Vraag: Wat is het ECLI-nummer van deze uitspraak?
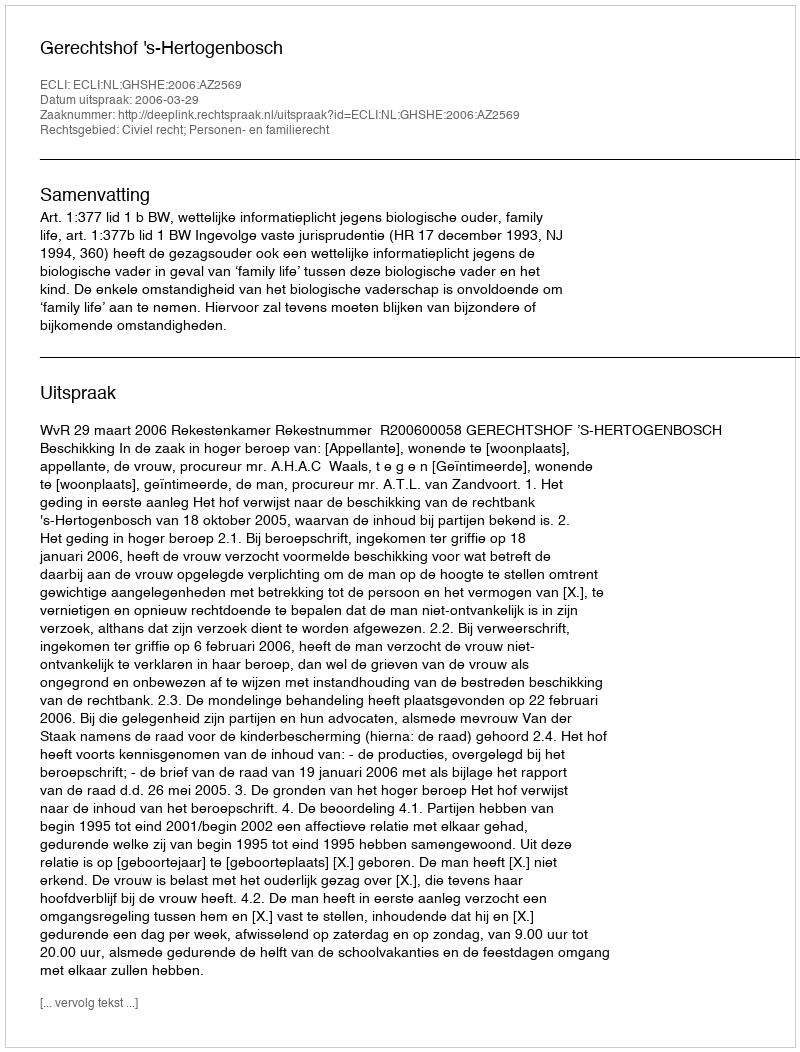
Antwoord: ECLI:NL:GHSHE:2006:AZ2569